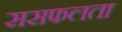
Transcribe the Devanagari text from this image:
ससफलता